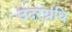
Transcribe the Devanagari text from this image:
उदरग्रंथि